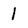
Character: l